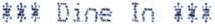
*** DINE IN ***